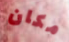
مكان